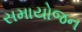
સમાયોજન